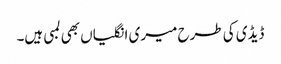
ڈیڈی کی طرح میری انگلیاں بھی لمبی ہیں۔